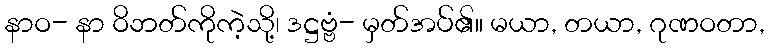
နာဝ- နာ ဝိဘတ်ကိုကဲ့သို့၊ ဒဋ္ဌဗ္ဗံ- မှတ်အပ်၏။ မယာ, တယာ, ဂုဏဝတာ,